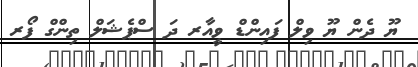
ޔޫ ދެން ޔޫ ވިލް ފައިންޑް ވީއާރ ދަ ސްޕެޝަލް ތިންގް ފޯރ